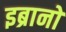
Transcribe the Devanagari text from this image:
इब्रानो